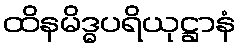
ထိနမိဒ္ဓပရိယုဋ္ဌာနံ